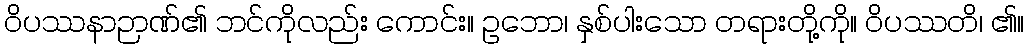
ဝိပဿနာဉာဏ်၏ ဘင်ကိုလည်း ကောင်း။ ဥဘော၊ နှစ်ပါးသော တရားတို့ကို။ ဝိပဿတိ၊ ၏။